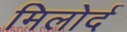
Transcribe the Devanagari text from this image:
मिलोर्द